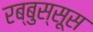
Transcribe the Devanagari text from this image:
रब्बुस्सूस